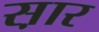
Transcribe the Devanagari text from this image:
स़ार